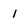
Character: 1